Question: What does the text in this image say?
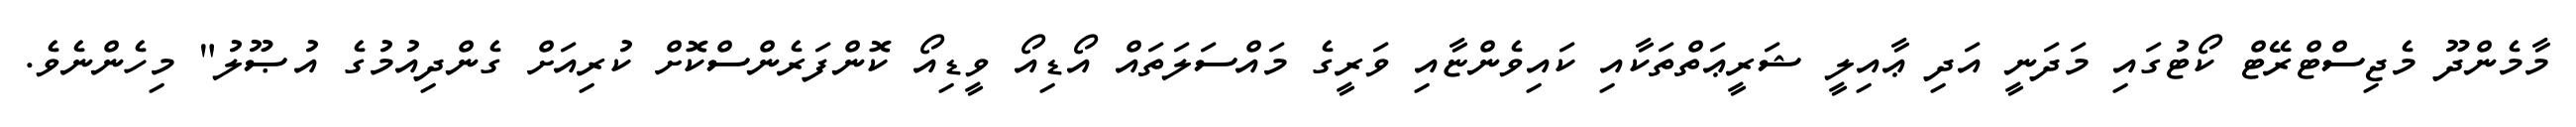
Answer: މާމެންދޫ މެޖިސްޓްރޭޓް ކޯޓުގައި މަދަނީ އަދި ޢާއިލީ ޝަރީޢަތްތަކާއި ކައިވެންޏާއި ވަރީގެ މައްސަލަތައް އޯޑިއޯ ވީޑިއޯ ކޮންފަރެންސްކޮށް ކުރިއަށް ގެންދިއުމުގެ އުޞޫލު" މިހެންނެވެ.